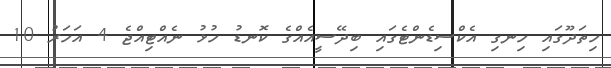
ހިތަދޫގައި ހިނގި އެކްސިޑެންޓެގައި ބިދޭސީއެއްގެ ކޮނޑު ހުޅު ނެއްޓިއްޖެ 4 އަހަރު 10